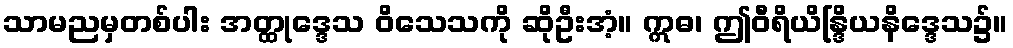
သာမညမှတစ်ပါး အတ္ထုဒ္ဒေသ ဝိသေသကို ဆိုဦးအံ့။ ဣဓ၊ ဤဝီရိယိန္ဒြိယနိဒ္ဒေသ၌။